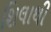
શિલાથી